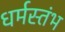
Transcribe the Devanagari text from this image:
धर्मस्तंभ